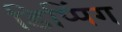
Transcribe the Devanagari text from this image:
डिप्पिंग